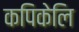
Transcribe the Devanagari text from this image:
कपिकेलि